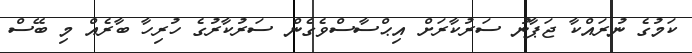
ކަމުގެ ނުރައްކާ ޖަޕާނު ސަރުކާރަށް އިޙްސާސްވެގެން ސަރުކާރުގެ ހުރިހާ ބާރެއް މި ބޭސް